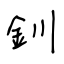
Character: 釧